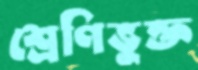
শ্রেণিভুক্ত